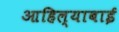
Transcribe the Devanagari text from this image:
आहिल्याबाई